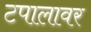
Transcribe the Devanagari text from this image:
टपालावर